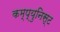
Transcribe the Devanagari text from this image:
कम्प्युनिस्ट